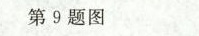
第9题图